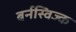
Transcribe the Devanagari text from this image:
बर्नस्विज्क